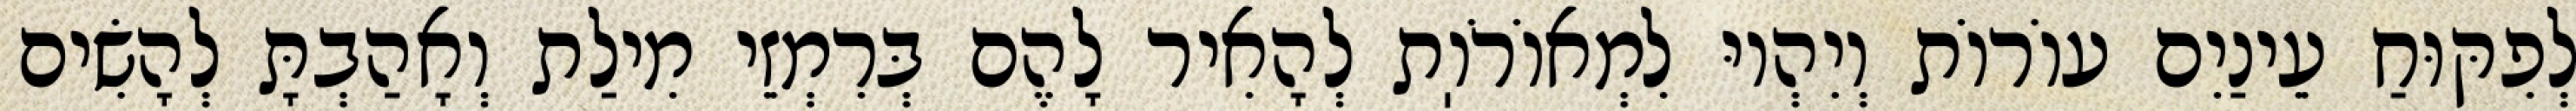
לְפִקּוּחַ עֵינַיִם עוֹרוֹת וְיִהְיוּ לִמְאוֹרֹוֽת לְהָאִיר לָהֶם בְּרִמְזֵי מִילַת וְאָהַבְתָּ לְהָשִׂים